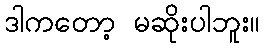
ဒါကတော့ မဆိုးပါဘူး။